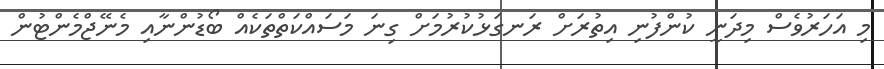
މި އަހަރުވެސް މިދަނީ ކުންފުނި އިތުރަށް ރަނގަޅުކުރުމަށް ގިނަ މަސައްކަތްތަކެއް ބޯޑުންނާއި މެނޭޖްމެންޓުން